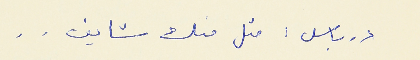
درباس : متل منك شايف . .